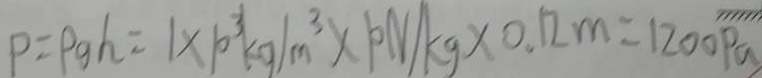
P = \rho g h = 1 \times 1 0 ^ { 3 } k g / m ^ { 3 } \times 1 0 N / k g \times 0 . 1 2 m = 1 2 0 0 P a